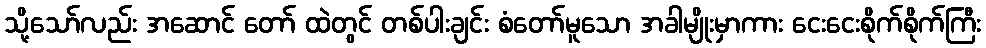
သို့သော်လည်း အဆောင် တော် ထဲတွင် တစ်ပါးချင်း စံတော်မူသော အခါမျိုးမှာကား ငေးငေးစိုက်စိုက်ကြီး